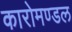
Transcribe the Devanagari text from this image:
कारोमण्डल